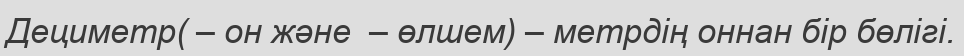
Дециметр( – он және  – өлшем) – метрдің оннан бір бөлігі.